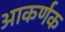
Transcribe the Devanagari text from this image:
आकर्णक